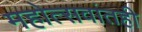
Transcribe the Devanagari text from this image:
महोत्सवांतही